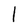
Character: l